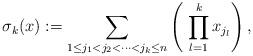
LaTeX: \begin{align*}\sigma_k (x):= \sum_{1\leq j_1<j_2<\dots<j_k\leq n}\left( \;\prod_{l=1}^kx_{j_l} \right),\end{align*}